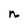
Character: n